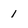
Character: 1